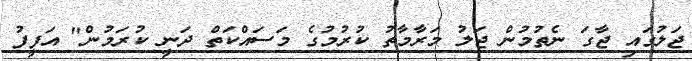
ޖަލުގައި ޖާގަ ނެތުމުން ޖަލު މަރާމާތު ކުރުމުގެ މަސައްކަތް ދަނީ ކުރަމުން" އަފީފު